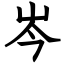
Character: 岑